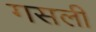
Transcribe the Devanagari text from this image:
गसली